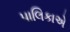
પાલિકાએ